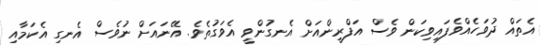
އެތައް ދުވަހެއްވެފައިވިކަން ވެސް އަފްރީންއަށް އެނގުންވީ އެވަގުތެވެ. އޭނައަށް ނުވެސް އެނގި އެކަމާއި